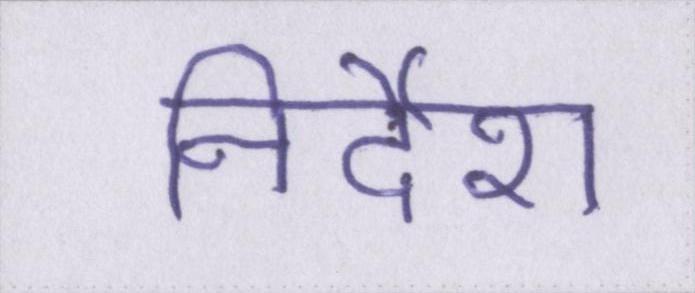
निर्देश